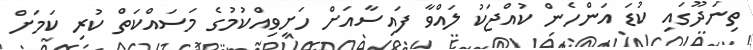
ތިނަދޫގައި ކުޑަ އަންހެން ކުއްޖަކު ލައްވާ ފައިސާއަށް ހަށިވިއްކުމުގެ މަސައްކަތް ކުރި ކަމަށް